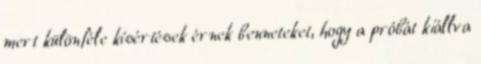
mert különféle kísértések érnek benneteket, hogy a próbát kiállva